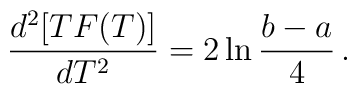
\frac{d^2[TF(T)]}{dT^2}=2\ln \frac{b-a}{4}\,.